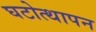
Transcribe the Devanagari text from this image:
घटोत्थापन